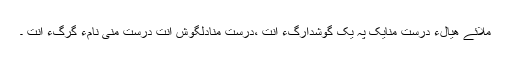
مُلائے ھیالءَ دُرست منایک پہ یک گُوشدارگءَ اَنت ،درست منادلگوش اَنت دُرست منی نامءَ گِرگءَ اَنت ۔